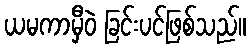
ယမကာမှီဝဲ ခြင်းပင်ဖြစ်သည်။